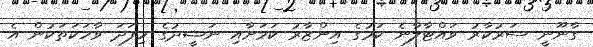
ގާނޫނީ ސަރުކާރު ވައްޓާލާނެ ކަމުގެ އިންޒާރު ކަމަށާއި ނަޝީދުގެ މިފަދަ ވާހަކަތަކުން އެ